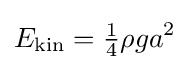
E_{\text{kin}}={\tfrac {1}{4}}\rho ga^{2}